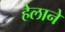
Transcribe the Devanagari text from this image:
हेलाने